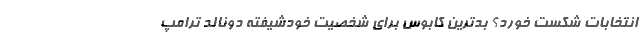
انتخابات شکست خورد؟ بدترین کابوس برای شخصیت خودشیفته دونالد ترامپ